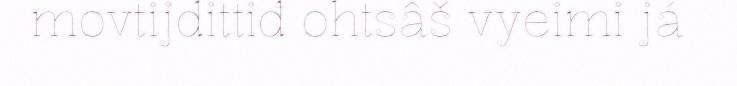
movtijdittiđ ohtsâš vyeimi já